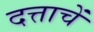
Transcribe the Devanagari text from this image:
दत्ताचें